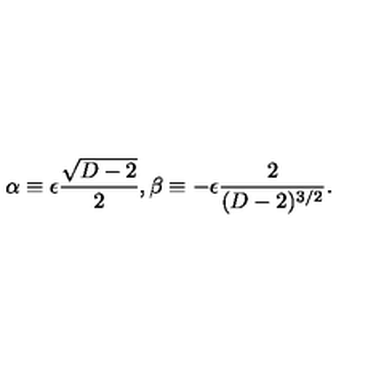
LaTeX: \alpha \equiv \epsilon { \frac { \sqrt { D - 2 } } { 2 } } , \beta \equiv - \epsilon { \frac { 2 } { ( D - 2 ) ^ { 3 / 2 } } } .